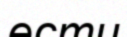
ести